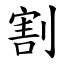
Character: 割